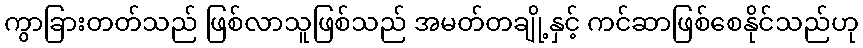
ကွာခြားတတ်သည် ဖြစ်လာသူဖြစ်သည် အမတ်တချို့နှင့် ကင်ဆာဖြစ်စေနိုင်သည်ဟု